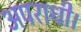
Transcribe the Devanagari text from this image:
अपराधी।